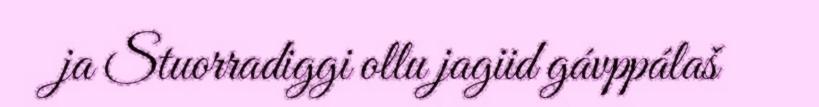
ja Stuorradiggi ollu jagiid gávppálaš